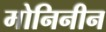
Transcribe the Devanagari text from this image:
मोनिनीन